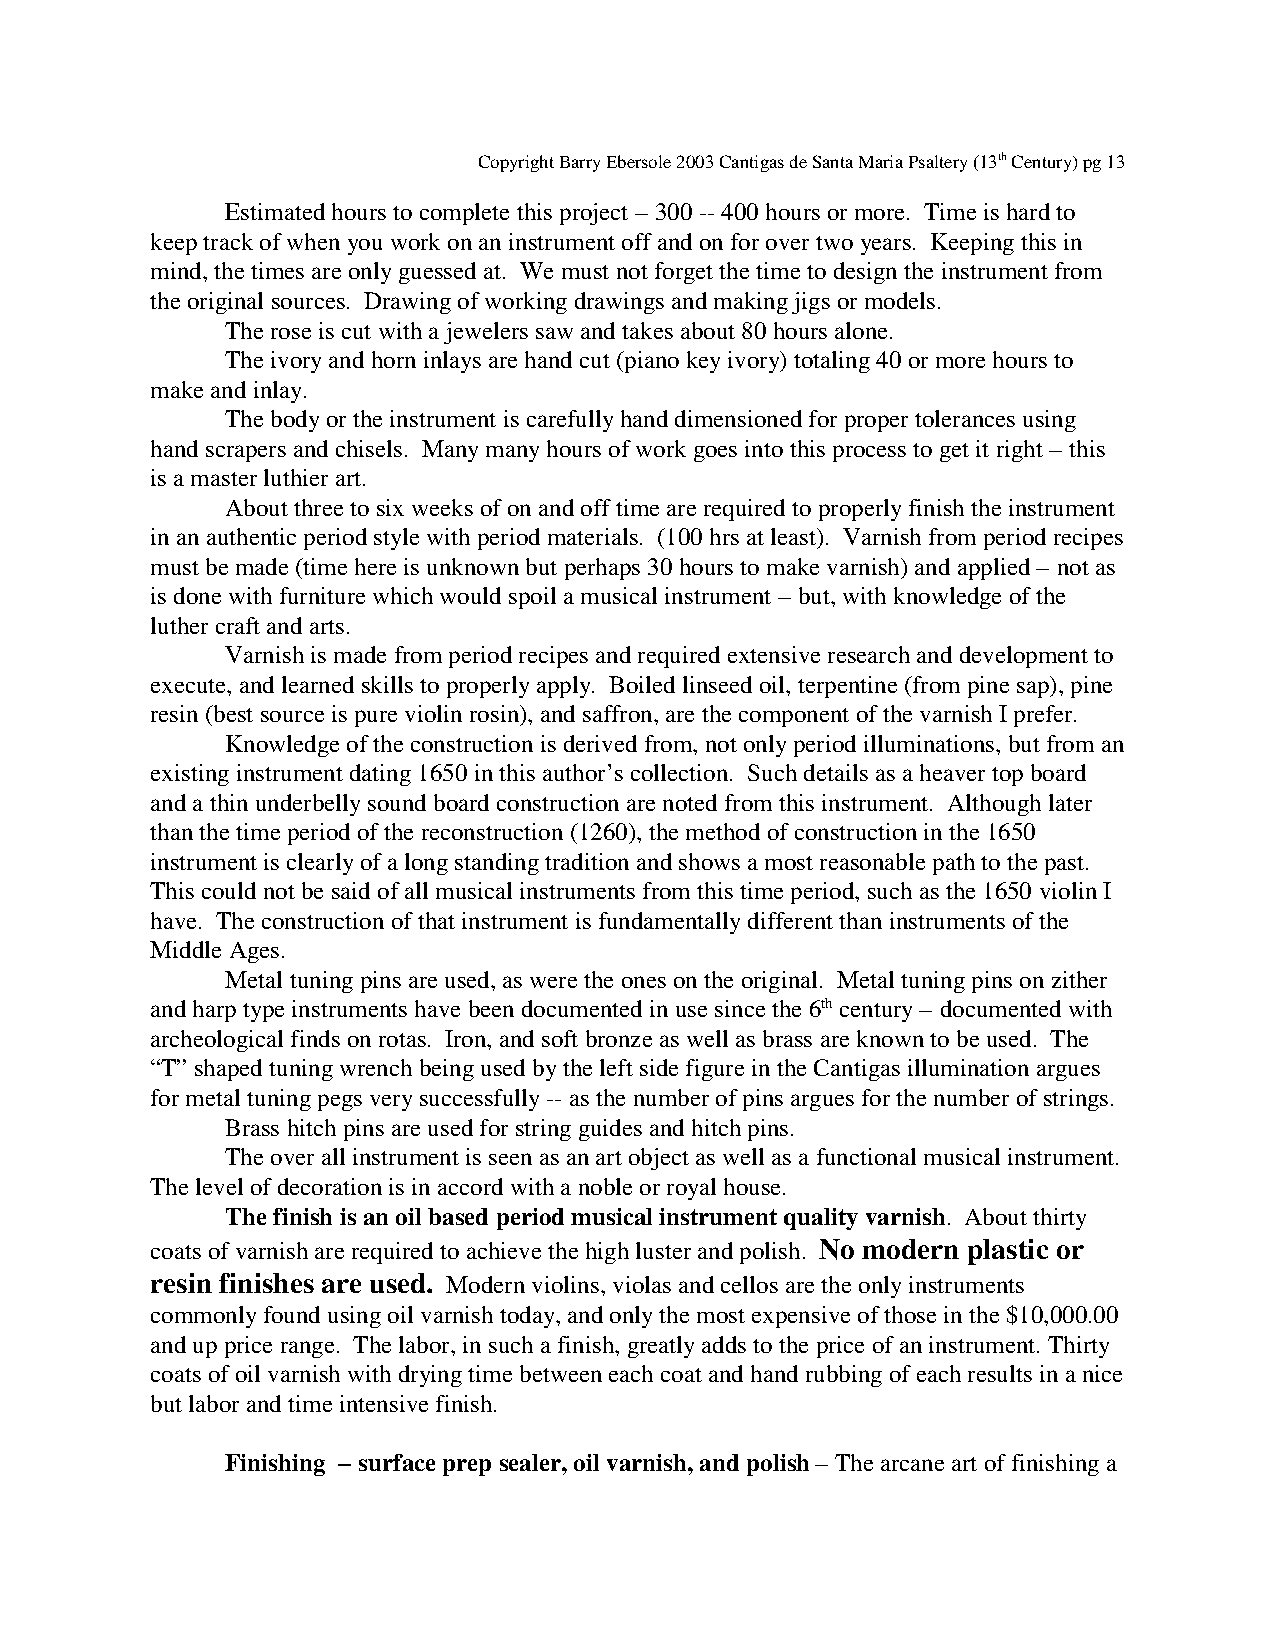
Copyright Barry Ebersole 2003 Cantigas de Santa Maria Psaltery (13th Century) pg 13
 Estimated hours to complete this project – 300 -- 400 hours or more. Time is hard to
 keep track of when you work on an instrument off and on for over two years. Keeping this in
 mind, the times are only guessed at. We must not forget the time to design the instrument from
 the original sources. Drawing of working drawings and making jigs or models.
 The rose is cut with a jewelers saw and takes about 80 hours alone.
 The ivory and horn inlays are hand cut (piano key ivory) totaling 40 or more hours to
 make and inlay.
 The body or the instrument is carefully hand dimensioned for proper tolerances using
 hand scrapers and chisels. Many many hours of work goes into this process to get it right – this
 is a master luthier art.
 About three to six weeks of on and off time are required to properly finish the instrument
 in an authentic period style with period materials. (100 hrs at least). Varnish from period recipes
 must be made (time here is unknown but perhaps 30 hours to make varnish) and applied – not as
 is done with furniture which would spoil a musical instrument – but, with knowledge of the
 luther craft and arts.
 Varnish is made from period recipes and required extensive research and development to
 execute, and learned skills to properly apply. Boiled linseed oil, terpentine (from pine sap), pine
 resin (best source is pure violin rosin), and saffron, are the component of the varnish I prefer.
 Knowledge of the construction is derived from, not only period illuminations, but from an
 existing instrument dating 1650 in this author’s collection. Such details as a heaver top board
 and a thin underbelly sound board construction are noted from this instrument. Although later
 than the time period of the reconstruction (1260), the method of construction in the 1650
 instrument is clearly of a long standing tradition and shows a most reasonable path to the past.
 This could not be said of all musical instruments from this time period, such as the 1650 violin I
 have. The construction of that instrument is fundamentally different than instruments of the
 Middle Ages.
 Metal tuning pins are used, as were the ones on the original. Metal tuning pins on zither
 and harp type instruments have been documented in use since the 6th century – documented with
 archeological finds on rotas. Iron, and soft bronze as well as brass are known to be used. The
 “T” shaped tuning wrench being used by the left side figure in the Cantigas illumination argues
 for metal tuning pegs very successfully -- as the number of pins argues for the number of strings.
 Brass hitch pins are used for string guides and hitch pins.
 The over all instrument is seen as an art object as well as a functional musical instrument.
 The level of decoration is in accord with a noble or royal house.
 The finish is an oil based period musical instrument quality varnish. About thirty
 coats of varnish are required to achieve the high luster and polish. No modern plastic or
 resin finishes are used. Modern violins, violas and cellos are the only instruments
 commonly found using oil varnish today, and only the most expensive of those in the $10,000.00
 and up price range. The labor, in such a finish, greatly adds to the price of an instrument. Thirty
 coats of oil varnish with drying time between each coat and hand rubbing of each results in a nice
 but labor and time intensive finish.
 Finishing – surface prep sealer, oil varnish, and polish – The arcane art of finishing a